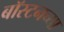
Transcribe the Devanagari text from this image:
बॉस्टनच्या